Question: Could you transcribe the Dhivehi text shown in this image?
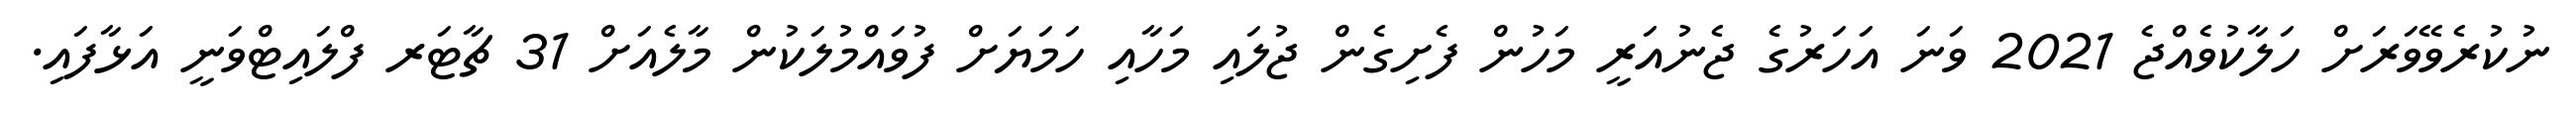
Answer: ނުކުރެވޭވަރަށް ހަލާކުވެއްޖެ 2021 ވަނަ އަހަރުގެ ޖެނުއަރީ މަހުން ފެށިގެން ޖުލައި މަހާއި ހަމަޔަށް ފުވައްމުލަކުން މާލެއަށް 31 ޗާޓަރ ފްލައިޓްވަނީ އަޅާފައި.